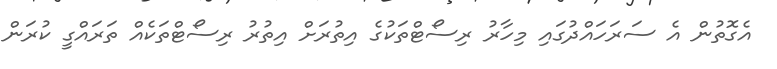
އެގޮތުން އެ ސަރަހައްދުގައި މިހާރު ރިސޯޓްތަކުގެ އިތުރަށް އިތުރު ރިސޯޓްތަކެއް ތަރައްގީ ކުރަން